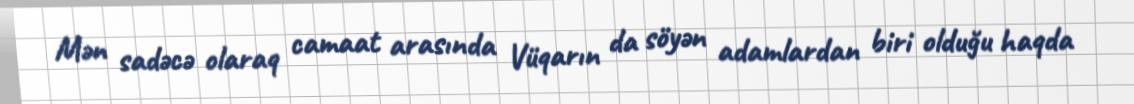
Mən sadəcə olaraq camaat arasında Vüqarın da söyən adamlardan biri olduğu haqda